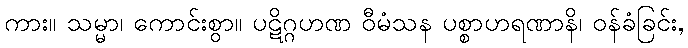
ကား။ သမ္မာ၊ ကောင်းစွာ။ ပဋိဂ္ဂဟဏ ဝီမံသန ပစ္စာဟရဏာနိ၊ ဝန်ခံခြင်း,